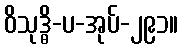
ဝိသုဒ္ဓိ-ပ-အုပ်-၂၉၁။